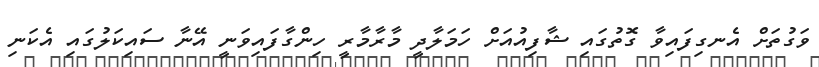
ވަގުތަށް އެނގިފައިވާ ގޮތުގައި ޝާފިއުއަށް ހަމަލާދީ މާރާމާރީ ހިންގާފައިވަނީ އޭނާ ސައިކަލުގައި އެކަނި